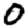
Digit: 0